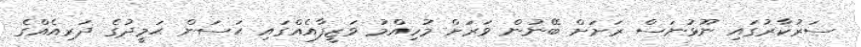
ސަރުކާރުގައި ނޫޅުނަސް ރަށަށް ބޭނުން ވަރަށް މުހިއްމު ވަޒީފާއެއްގައި ޙަސަން ޙަމީދުގެ ދަރިއެއްގެ